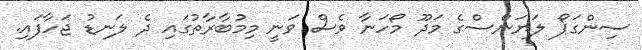
ސިންގަޕޯ ލަޔަންސްގެ މަދޫ މޯހަނާ ވެސް ވަނީ މިމުބާރާތުގައި ދެ ލަނޑު ޖަހާފައި.